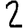
Digit: 2